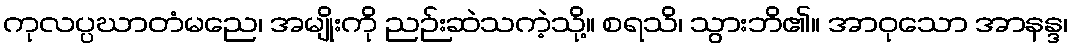
ကုလပ္ပဃာတံမညေ၊ အမျိုးကို ညဉ်းဆဲသကဲ့သို့။ စရသိ၊ သွားဘိ၏။ အာဝုသော အာနန္ဒ၊